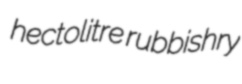
hectolitre rubbishry